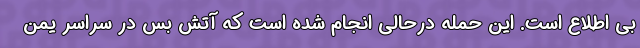
بی اطلاع است. این حمله درحالی انجام شده است که آتش بس در سراسر یمن